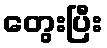
တွေးပြီး